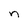
Character: n